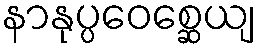
နာနုပ္ပဝေစ္ဆေယျ